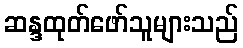
ဆန္ဒထုတ်ဖော်သူများသည်